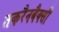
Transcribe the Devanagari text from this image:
तकरैनबैक्सी